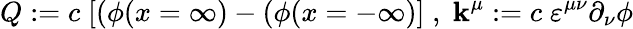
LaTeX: Q:=c\; [(\phi(x=\infty)-(\phi(x=-\infty)]\; ,\; \mathbf{k}^{\mu}:=c\; \varepsilon^{\mu\nu}\partial_{\nu}\phi